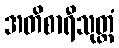
အတိစာရီသုတ္တံ